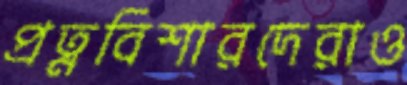
প্রত্নবিশারদেরাও